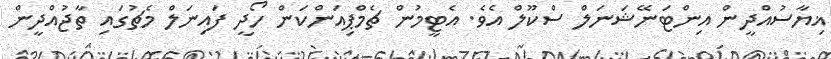
ޣިޔާސުއްދީން އިންޓަނޭޝަނަލް ސްކޫލް އެވެ. އެޓީމުން ޗެމްޕިއަންކަން ހޯދީ ފައިނަލް މެޗުގައި ތާޖުއްދީން